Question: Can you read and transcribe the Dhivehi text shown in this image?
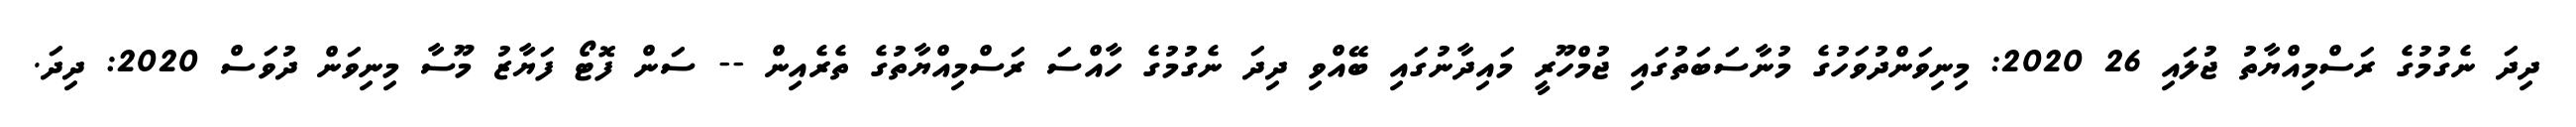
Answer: ދިދަ ނެގުމުގެ ރަސްމިއްޔާތު ޖުލައި 26 2020: މިނިވަންދުވަހުގެ މުނާސަބަތުގައި ޖުމްހޫރީ މައިދާނުގައި ބޭއްވި ދިދަ ނެގުމުގެ ހާއްސަ ރަސްމިއްޔާތުގެ ތެރެއިން -- ސަން ފޮޓޯ ފަޔާޒު މޫސާ މިނިވަން ދުވަސް 2020: ދިދަ.